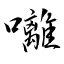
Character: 囄